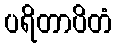
ပရိတာပိတံ